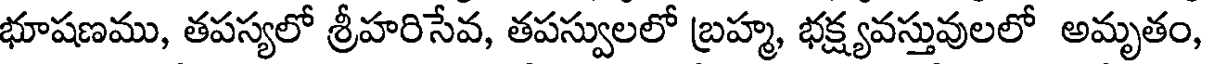
భూషణము, తపస్యలో శ్రీహరిసేవ, తపస్వులలో బ్రహ్మ, భక్ష్యవస్తువులలో అమృతం,